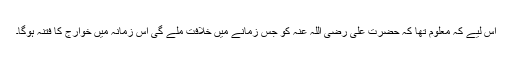
اس لیے کہ معلوم تھا کہ حضرت علی رضی اللہ عنہ کو جس زمانے میں خلافت ملے گی اس زمانہ میں خوارج کا فتنہ ہوگا۔